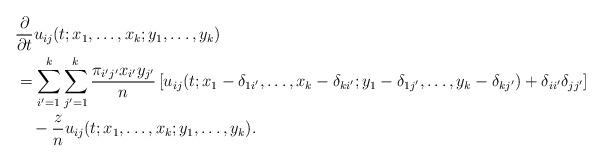
LaTeX: \begin{align*}&\frac{\partial}{\partial t}u_{ij}(t;x_1,\ldots,x_k;y_1,\ldots,y_k)\\&= \sum_{i'=1}^k\sum_{j'=1}^k\frac{\pi_{i'j'}x_{i'}y_{j'}}{n}\left[u_{ij}(t;x_1-\delta_{1i'},\ldots,x_k-\delta_{ki'};y_1-\delta_{1j'},\ldots,y_k-\delta_{kj'}) + \delta_{ii'}\delta_{jj'}\right]\\&\quad- \frac{z}{n}u_{ij}(t;x_1,\ldots,x_k;y_1,\ldots,y_k).\end{align*}